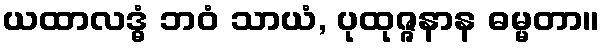
ယထာလဒ္ဓံ ဘဝံ သာယံ, ပုထုဇ္ဇနာန ဓမ္မတာ။